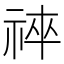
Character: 𥙽